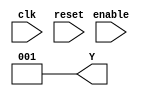
module lsfr(clk, reset, enable, Y );

    input clk;
    input reset;
    input enable;
    output [2:0] Y = 3'b001;
    reg [2:0] Y, Y_next;
    reg w1;
    reg [2:0] w2;
    
    always @(posedge clk or negedge reset) begin
        if (reset==1'b0) begin
            Y<=3'b001;
        end else begin
            if(enable == 1'b0) begin
                Y <= Y_next;
            end 
        end
    end //always block
 
    always @(*)begin 
        if(enable == 1'b0) begin
            w1= Y[1]^Y[0];
            w2={w1,Y[2:1]}; 
            case (w2)
                3'b000: Y_next = 3'b100;
                3'b110: Y_next = 3'b011;
                3'b111: Y_next = 3'b101;
                default : Y_next = w2;
            endcase
        end
     end
    
endmodule